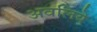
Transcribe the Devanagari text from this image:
अवलिये